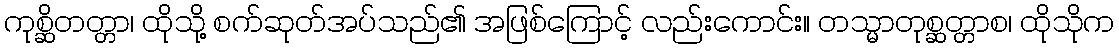
ကုစ္ဆိတတ္တာ၊ ထိုသို့ စက်ဆုတ်အပ်သည်၏ အဖြစ်ကြောင့် လည်းကောင်း။ တသ္မာတုစ္ဆတ္တာစ၊ ထိုသိုက